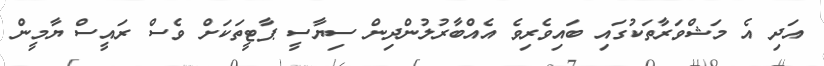
އަދި އެ މަޝްވަރާތަކުގައި ބައިވެރިވެ އެއްބާރުލުންދިން ސިޔާސީ ޕާޓީތަކަށް ވެސް ރައީސް ޔާމީން